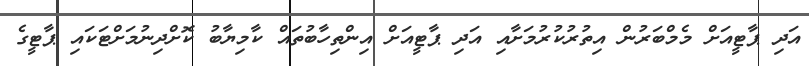
އަދި ޕާޓީއަށް މެމްބަރުން އިތުރުކުރުމަށާއި އަދި ޕާޓީއަށް އިންތިހާބުތައް ކާމިޔާބު ކޮށްދިނުމަށްޓަކައި ޕާޓީގެ